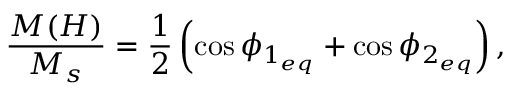
\frac { M ( H ) } { M _ { s } } = \frac { 1 } { 2 } \left( \cos \phi _ { 1 _ { e q } } + \cos \phi _ { 2 _ { e q } } \right) ,